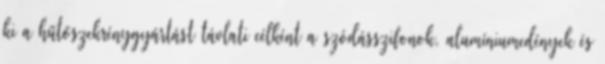
ki a hűtőszekrénygyártást távlati célként a szódásszifonok, alumíniumedények és